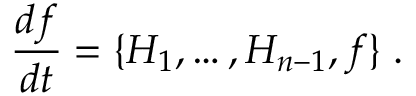
\frac { d f } { d t } = \{ H _ { 1 } , \ldots , H _ { n - 1 } , f \} \; .